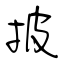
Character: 披